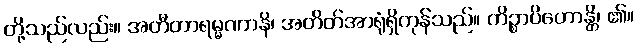
တို့သည်လည်း။ အတီတာရမ္မဏာနိ၊ အတိတ်အာရုံရှိကုန်သည်။ ကိဉ္စာပိဟောန္တိ၊ ၏။